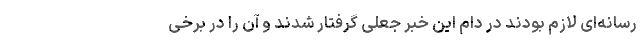
رسانه‌ای لازم بودند در دام این خبر جعلی گرفتار شدند و آن را در برخی